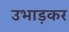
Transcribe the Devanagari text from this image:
उभाड़कर